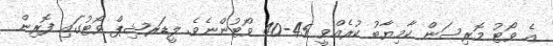
އެ ވޯޓު މޮރިސަން ކާމިޔާބު ކުރެއްވީ 45-40 ވޯޓުންނެވެ. ލީޑަރޝިޕް ވޯޓުގައި ފޮރިން